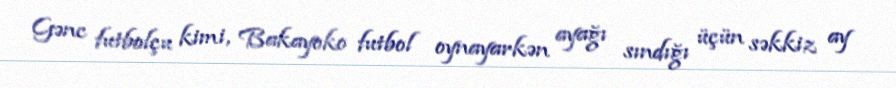
Gənc futbolçu kimi, Bakayoko futbol oynayarkən ayağı sındığı üçün səkkiz ay